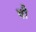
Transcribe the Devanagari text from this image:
षौ